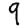
Digit: 9